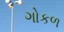
ગોકળ